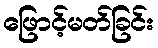
ဖြောင့်မတ်ခြင်း